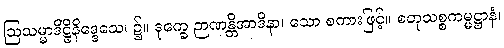
ဩသမ္မာဒိဋ္ဌိနိဒ္ဒေသေ၊ ၌။ ဒုက္ခေ ဉာဏန္တိအာဒိနာ၊ သော စကားဖြင့်။ စတုသစ္စကမ္မဋ္ဌာနံ၊